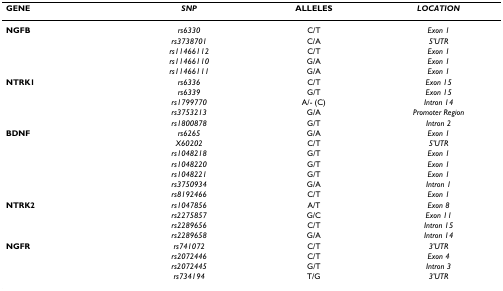
<table><thead><tr><td><b>GENE</b></td><td><b><i>SNP</i></b></td><td><b>ALLELES</b></td><td><b><i>LOCATION</i></b></td></tr></thead><tbody><tr><td><b>NGFB</b></td><td><i>rs6330</i></td><td>C/T</td><td><i>Exon 1</i></td></tr><tr><td></td><td><i>rs3738701</i></td><td>C/A</td><td><i>5&#x27;UTR</i></td></tr><tr><td></td><td><i>rs11466112</i></td><td>C/T</td><td><i>Exon 1</i></td></tr><tr><td></td><td><i>rs11466110</i></td><td>G/A</td><td><i>Exon 1</i></td></tr><tr><td></td><td><i>rs11466111</i></td><td>G/A</td><td><i>Exon 1</i></td></tr><tr><td><b>NTRK1</b></td><td><i>rs6336</i></td><td>C/T</td><td><i>Exon 15</i></td></tr><tr><td></td><td><i>rs6339</i></td><td>G/T</td><td><i>Exon 15</i></td></tr><tr><td></td><td><i>rs1799770</i></td><td>A/- (C)</td><td><i>Intron 14</i></td></tr><tr><td></td><td><i>rs3753213</i></td><td>G/A</td><td><i>Promoter Region</i></td></tr><tr><td></td><td><i>rs1800878</i></td><td>G/T</td><td><i>Intron 2</i></td></tr><tr><td><b>BDNF</b></td><td><i>rs6265</i></td><td>G/A</td><td><i>Exon 1</i></td></tr><tr><td></td><td><i>X60202</i></td><td>C/T</td><td><i>5&#x27;UTR</i></td></tr><tr><td></td><td><i>rs1048218</i></td><td>G/T</td><td><i>Exon 1</i></td></tr><tr><td></td><td><i>rs1048220</i></td><td>G/T</td><td><i>Exon 1</i></td></tr><tr><td></td><td><i>rs1048221</i></td><td>G/T</td><td><i>Exon 1</i></td></tr><tr><td></td><td><i>rs3750934</i></td><td>G/A</td><td><i>Intron 1</i></td></tr><tr><td></td><td><i>rs8192466</i></td><td>C/T</td><td><i>Exon 1</i></td></tr><tr><td><b>NTRK2</b></td><td><i>rs1047856</i></td><td>A/T</td><td><i>Exon 8</i></td></tr><tr><td></td><td><i>rs2275857</i></td><td>G/C</td><td><i>Exon 11</i></td></tr><tr><td></td><td><i>rs2289656</i></td><td>C/T</td><td><i>Intron 15</i></td></tr><tr><td></td><td><i>rs2289658</i></td><td>G/A</td><td><i>Intron 14</i></td></tr><tr><td><b>NGFR</b></td><td><i>rs741072</i></td><td>C/T</td><td><i>3&#x27;UTR</i></td></tr><tr><td></td><td><i>rs2072446</i></td><td>C/T</td><td><i>Exon 4</i></td></tr><tr><td></td><td><i>rs2072445</i></td><td>G/T</td><td><i>Intron 3</i></td></tr><tr><td></td><td><i>rs734194</i></td><td>T/G</td><td><i>3&#x27;UTR</i></td></tr></tbody></table>